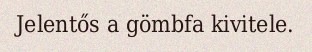
Jelentős a gömbfa kivitele.